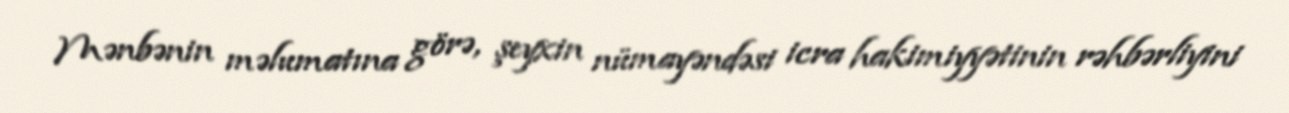
Mənbənin məlumatına görə, şeyxin nümayəndəsi icra hakimiyyətinin rəhbərliyini